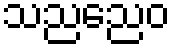
သညညေဝ